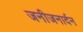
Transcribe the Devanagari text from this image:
जनीजनार्दन